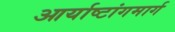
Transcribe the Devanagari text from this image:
आर्याष्टांगमार्ग